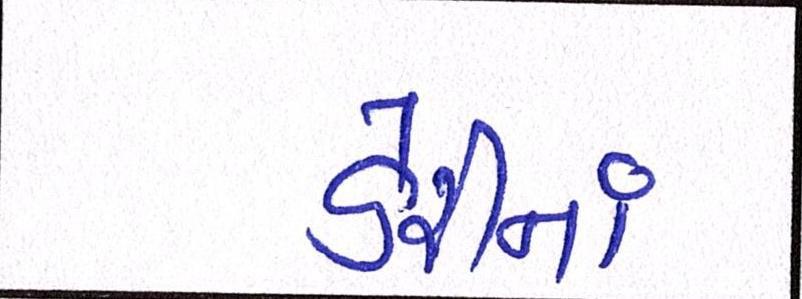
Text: ડેરીનાં